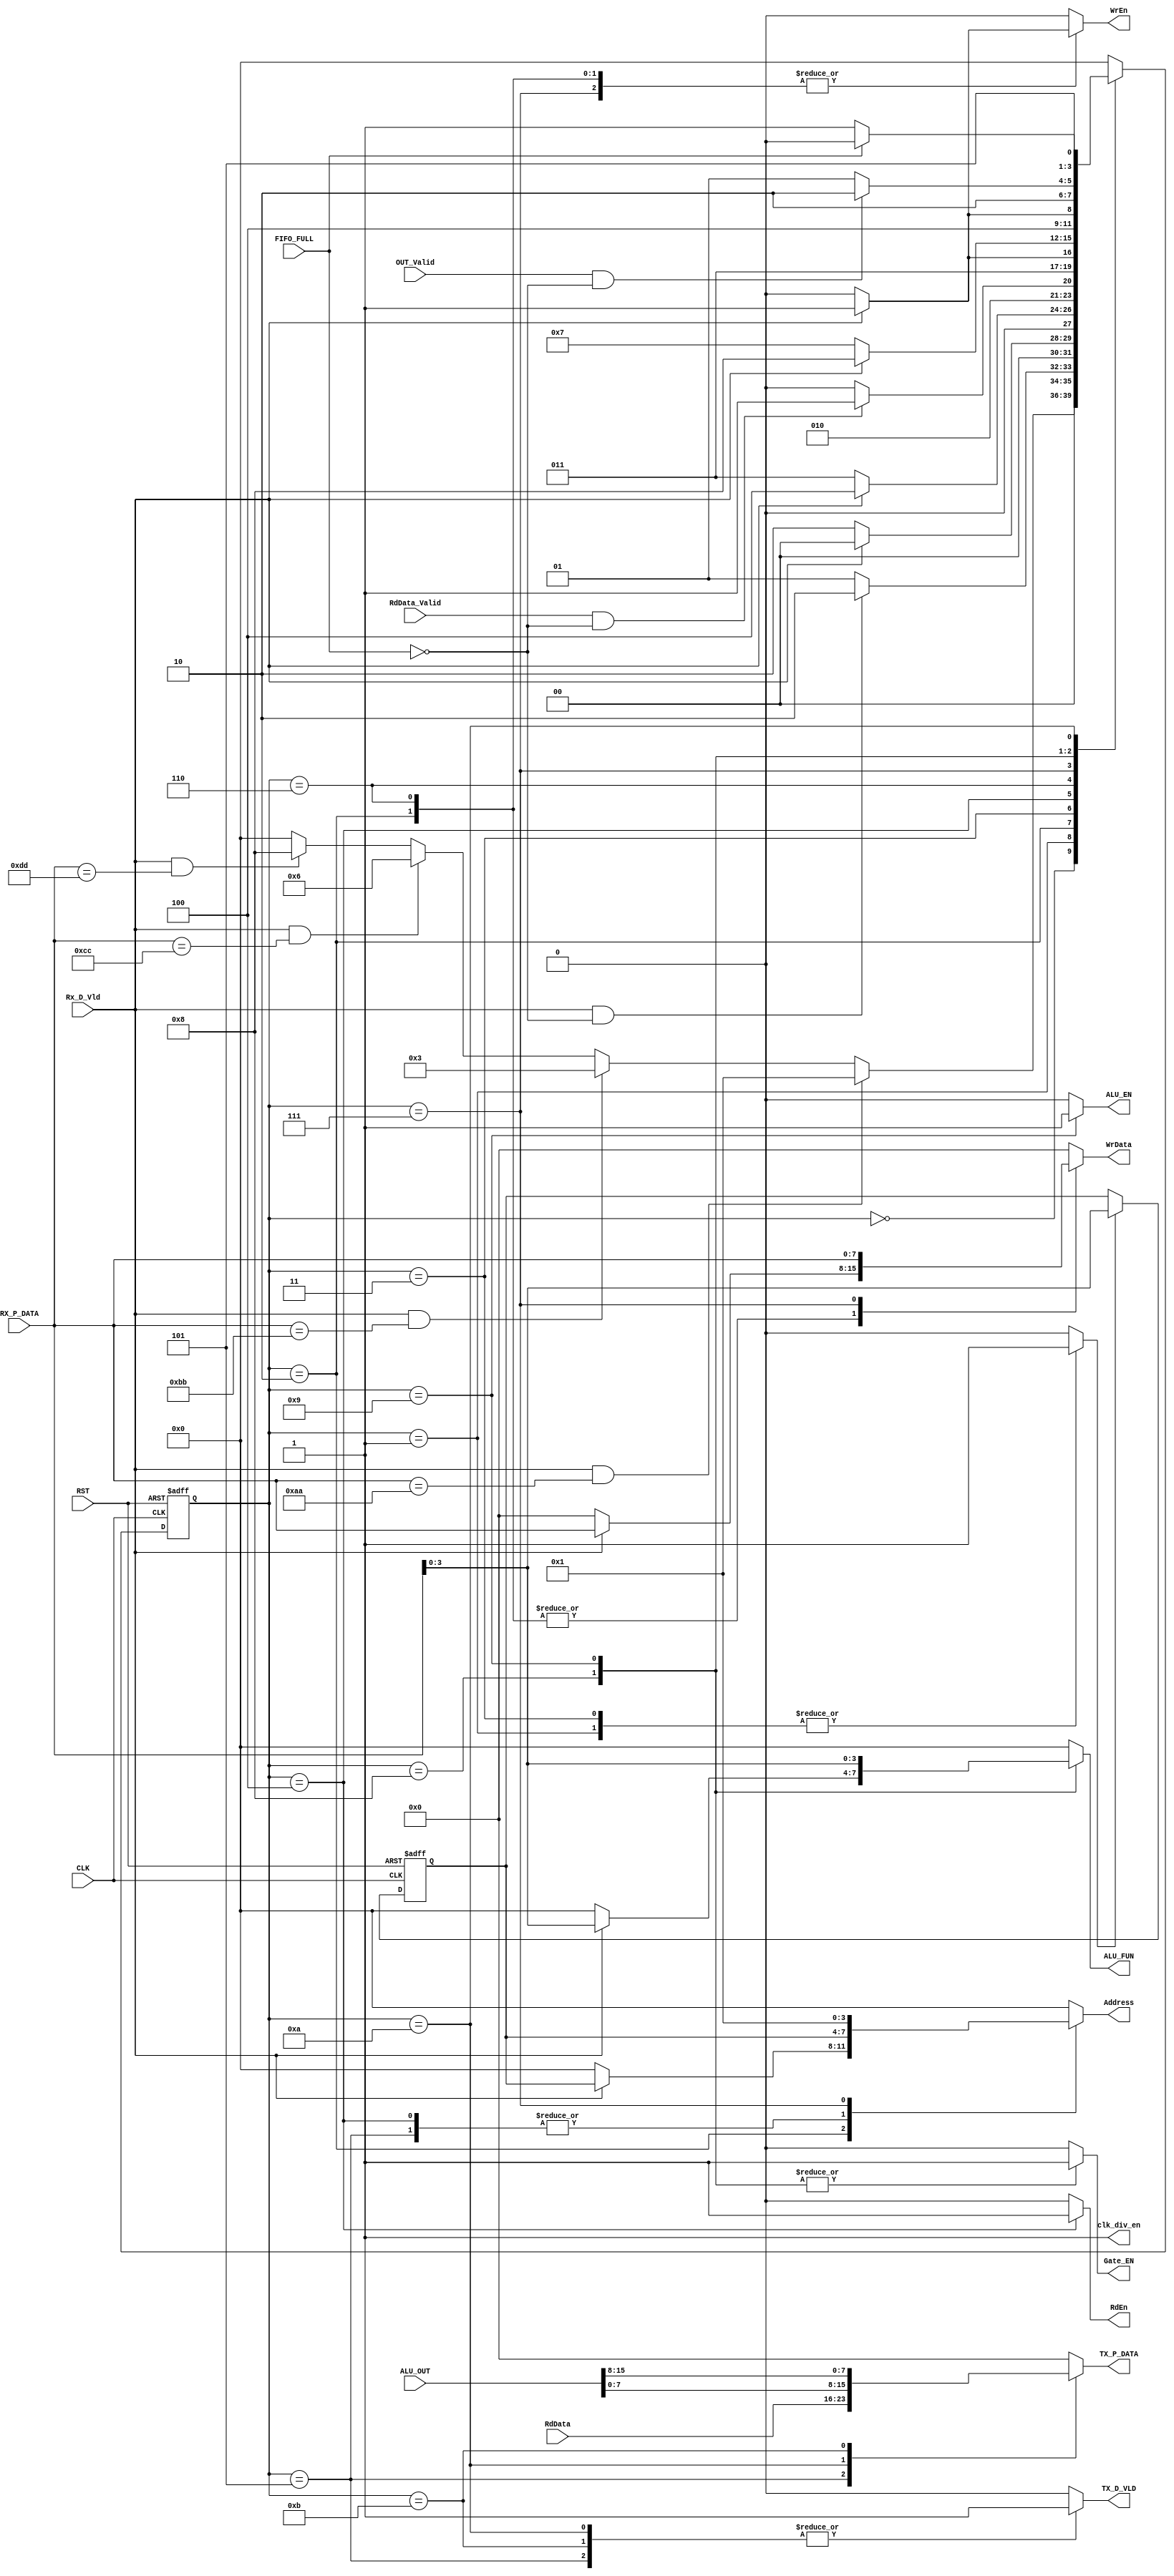
module SYS_CTRL #(parameter width = 8 , funn = 4 , addr = 4 ,alu_width = 16) 
  (
  input wire [alu_width-1:0] ALU_OUT,
  input wire OUT_Valid,
  input wire [7:0] RX_P_DATA,
  input wire Rx_D_Vld,
  input wire [width-1:0] RdData,
  input wire RdData_Valid,
  input wire CLK,
  input wire RST,
  input wire FIFO_FULL,
  output reg ALU_EN,
  output reg clk_div_en,
  output reg Gate_EN,
  output reg [addr-1:0] Address,
  output reg WrEn,
  output reg RdEn,
  output reg [width-1:0] WrData,
  output reg [7:0] TX_P_DATA,
  output reg TX_D_VLD,
  output reg [funn-1:0] ALU_FUN
  );
  
  reg [3:0] current_state;
  reg [3:0] next_state;
  reg [addr-1:0] address_s;
  reg address_enable;
  
  
  localparam idle = 4'b0000;
  localparam address = 4'b0001;
  localparam write = 4'b0010;
  localparam wait_address = 4'b0011;
  localparam read = 4'b0100;
  localparam async_write = 4'b0101;
  localparam wait_A = 4'b0110;
  localparam wait_B = 4'b0111;
  localparam wait_fun = 4'b1000;
  localparam fun = 4'b1001;
  localparam ALU_out = 4'b1010;
  localparam alu_sec = 4'b1011;
  
  always@(posedge CLK or negedge RST)
  begin
    if(!RST) address_s <= 'b0;
    else if (address_enable) address_s <= RX_P_DATA;
  end
  
  always@(posedge CLK or negedge RST)
  begin
    if(!RST)
      begin
        current_state <= idle;
      end
    else 
      begin
        current_state <= next_state;
      end
  end
  
  always@(*)
  begin
    case(current_state)
      idle:
      begin
        WrEn = 1'b0;
        RdEn = 1'b0;
        address_enable = 1'b0;
        Address = 'b0;
        WrData = 'b0;
        Gate_EN = 1'b0;
        clk_div_en = 1'b1;
        ALU_FUN = 'b0;
        ALU_EN = 1'b0;
        TX_D_VLD = 1'b0;
        TX_P_DATA = 'b0;
        if(Rx_D_Vld && RX_P_DATA=='hAA) next_state = address;
        else if(Rx_D_Vld && RX_P_DATA=='hBB) next_state = wait_address;
        else if(Rx_D_Vld && RX_P_DATA=='hCC) next_state = wait_A;
        else if(Rx_D_Vld && RX_P_DATA=='hDD) next_state = wait_fun;
        else next_state = idle;
      end
      //////////////////////////////////////////////writing/////////////////////////////////////////
      address:
      begin
        WrEn = 1'b0;
        RdEn = 1'b0;
        WrData = 'b0;
        Gate_EN = 1'b0;
        Address = 'b0;
        address_enable = 'b1;
        clk_div_en = 1'b1;
        ALU_FUN = 'b0;
        ALU_EN = 1'b0;
        TX_D_VLD = 1'b0;
        TX_P_DATA = 'b0;
        if(Rx_D_Vld && !FIFO_FULL)
        begin
          next_state = write;
        end 
        else
          begin
            next_state = address;
          end
      end
      write:
      begin
        RdEn = 1'b0;
        address_enable = 1'b0;
        Gate_EN = 1'b0;
        clk_div_en = 1'b1;
        ALU_FUN = 'b0;
        ALU_EN = 1'b0;
        TX_D_VLD = 1'b0;
        TX_P_DATA = 'b0; 
        if(Rx_D_Vld)
        begin
          WrEn = 1'b1;
          Address = address_s;
          next_state = idle;
          WrData = RX_P_DATA;
        end 
        else
          begin
            WrEn = 1'b0;
            Address = 'b0;
            next_state = write;
            WrData = 'b0;
          end
      end
      ///////////////////////////////////////////reading/////////////////////////////////////////////////////////////////////
      wait_address:
      begin
        WrEn = 1'b0;
        RdEn = 1'b0;
        Address = 'b0;
        address_enable = 1'b1; 
        WrData = 'b0;
        Gate_EN = 1'b0;
        clk_div_en = 1'b1;
        ALU_FUN = 'b0;
        ALU_EN = 1'b0;
        TX_D_VLD = 1'b0;
        TX_P_DATA = 'b0;
        if(Rx_D_Vld)
        begin
          next_state = read;
        end 
        else
          begin
            next_state = wait_address;
          end
      end
      read:
      begin
        WrEn = 1'b0;
        WrData = 'b0;
        Gate_EN = 1'b0;
        address_enable = 1'b0;
        Address = address_s;
        RdEn = 1'b1;
        clk_div_en = 1'b1;
        ALU_FUN = 'b0;
        ALU_EN = 1'b0;
        TX_D_VLD = 1'b0;
        TX_P_DATA = 'b0;
        if(RdData_Valid && !FIFO_FULL)
        begin
          next_state = async_write;
        end
      else
        begin
          next_state = read;
        end
      end
      async_write:
      begin
        WrEn = 1'b0;
        RdEn = 1'b0;
        address_enable = 'b0;
        Address = address_s;
        WrData = 'b0;
        Gate_EN = 1'b0;
        clk_div_en = 1'b1;
        ALU_FUN = 'b0;
        ALU_EN = 1'b0;
        TX_D_VLD = 1'b1;
        TX_P_DATA = RdData;
        next_state = idle;
      end
      /////////////////////////////////////////ALU//////////////////////////////////////////////////////
      wait_A:
      begin
        RdEn = 1'b0;
        Address = 'b0;
        address_enable = 1'b0;
        Gate_EN = 1'b0;
        clk_div_en = 1'b1;
        ALU_FUN = 'b0;
        ALU_EN = 1'b0;
        TX_D_VLD = 1'b0;
        TX_P_DATA = 'b0;
        if(Rx_D_Vld)
        begin
          WrEn = 1'b1;
          WrData = RX_P_DATA;
          next_state = wait_B;
        end
        else 
        begin
          WrEn = 1'b0;
          WrData = 'b0;
          next_state = wait_A;
       end 
      end
      wait_B:
      begin
        RdEn = 1'b0;
        address_enable = 1'b0;
        Address = 'b1;
        WrData = RX_P_DATA;
        Gate_EN = 1'b0;
        clk_div_en = 1'b1;
        ALU_FUN = 'b0;
        ALU_EN = 1'b0;
        TX_D_VLD = 1'b0;
        TX_P_DATA = 'b0;
        if(Rx_D_Vld)
        begin
          WrEn = 1'b1;
          next_state = wait_fun;
        end
        else 
        begin
          WrEn = 1'b0;
          next_state = wait_B;
       end 
      end
      wait_fun:
      begin
        WrEn = 1'b0;
        RdEn = 1'b0;
        address_enable = 'b0;
        Address = 'b0;
        WrData = 'b0;
        Gate_EN = 1'b1;
        clk_div_en = 1'b1;
        ALU_EN = 1'b0;
        TX_D_VLD = 1'b0;
        TX_P_DATA = 'b0;
        if(Rx_D_Vld) 
          begin
            next_state = fun;
            ALU_FUN = RX_P_DATA;
          end
        else 
          begin
            next_state = wait_fun;
            ALU_FUN = 'b0;
          end
        end
      fun:
      begin
        WrEn = 1'b0;
        RdEn = 1'b0;
        address_enable = 'b0;
        Address = 'b0;
        WrData = 'b0;
        Gate_EN = 1'b1;
        clk_div_en = 1'b1;
        ALU_FUN = RX_P_DATA;
        ALU_EN = 1'b1;
        TX_D_VLD = 1'b0;
        TX_P_DATA = 'b0;
        if(OUT_Valid && !FIFO_FULL) next_state = ALU_out;
        else next_state = fun;
      end
      ALU_out:
      begin
        WrEn = 1'b0;
        RdEn = 1'b0;
        address_enable = 'b0;
        Address = 'b0;
        WrData = 'b0;
        Gate_EN = 1'b0;
        clk_div_en = 1'b1;
        ALU_FUN = 'b0;
        ALU_EN = 1'b0;
        TX_D_VLD = 1'b1;
        TX_P_DATA = ALU_OUT[7:0];
        if (!FIFO_FULL) next_state = alu_sec;
        else next_state = ALU_out;
      end
      alu_sec:
      begin
        WrEn = 1'b0;
        RdEn = 1'b0;
        address_enable = 'b0;
        Address = 'b0;
        WrData = 'b0;
        Gate_EN = 1'b0;
        clk_div_en = 1'b1;
        ALU_FUN = 'b0;
        ALU_EN = 1'b0;
        TX_D_VLD = 1'b1;
        TX_P_DATA = ALU_OUT[alu_width-1:8];
        next_state = idle;
      end
      default:
      begin
        WrEn = 1'b0;
        RdEn = 1'b0;
        address_enable = 'b0;
        Address = 'b0;
        WrData = 'b0;
        Gate_EN = 1'b0;
        clk_div_en = 1'b1;
        ALU_FUN = 'b0;
        ALU_EN = 1'b0;
        TX_D_VLD = 1'b0;
        TX_P_DATA = 'b0;
        next_state = idle;
     
end
      
    endcase
    end
endmodule